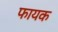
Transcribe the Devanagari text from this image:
फायक